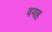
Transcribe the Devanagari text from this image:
वयह